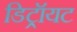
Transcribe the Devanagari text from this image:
डिट्रॉयट